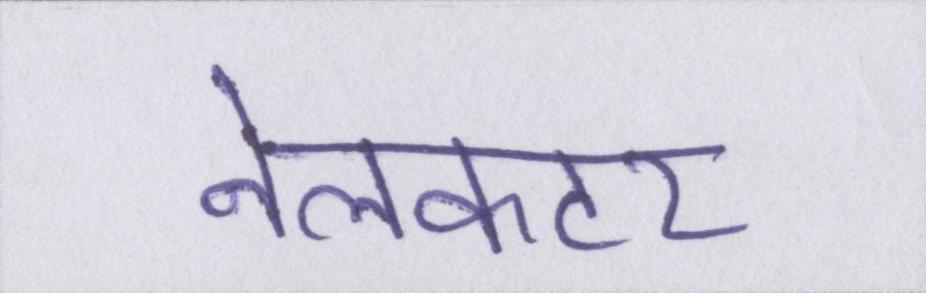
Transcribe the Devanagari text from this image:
नेलकटर